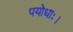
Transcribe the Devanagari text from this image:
पयोधाः।